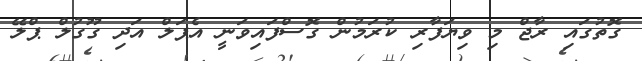
ގޮތުގައި ރާޖް މި ވިޔަފާރި ކުރަމުން ގޮސްފައިވަނީ އެޕަލް އަދި ގޫގުލް ޕްލޭ